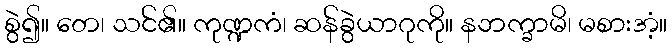
စွဲ၍။ တေ၊ သင်၏။ ကုဏ္ဍကံ၊ ဆန်ခွဲယာဂုကို။ နဘက္ခာမိ၊ မစားအံ့။